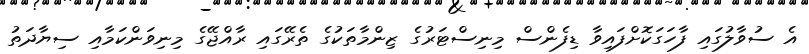
އެ ސުވާލުގައި ފާހަގަކޮށްފައިވާ ޑިފެންސް މިނިސްޓަރުގެ ޒިންމާތަކުގެ ތެރޭގައި ރާއްޖޭގެ މިނިވަންކަމާއި ސިޔާދަތު